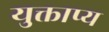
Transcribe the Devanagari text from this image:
युक्ताप्य